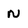
Character: n